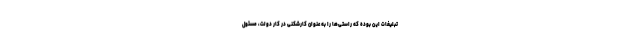
تبلیغات این بوده كه راستى‌ها را به عنوان كارشكنى در كار دولت، مسئول